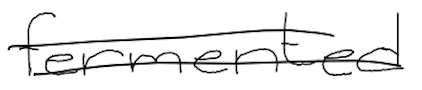
Text: fermented
Cross-out: double-line
Writing tool: digital_black